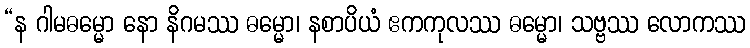
“န ဂါမဓမ္မော နော နိဂမဿ ဓမ္မော၊ နစာပိယံ ဧကကုလဿ ဓမ္မော၊ သဗ္ဗဿ လောကဿ